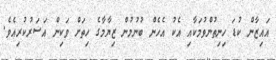
އައިޒާން ކުޑަ ހިނިތުންވުމަކާއި އެކު އެހެން ބުނުމުން ޒިޔާމާގެ ހިތަށް ވަކިން އަސަރުކުރިއެވެ.